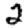
Digit: 2